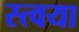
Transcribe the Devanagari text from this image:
स्त्वया